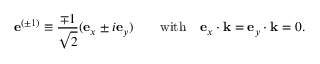
\mathbf { e } ^ { ( \pm 1 ) } \equiv { \frac { \mp 1 } { \sqrt { 2 } } } ( \mathbf { e } _ { x } \pm i \mathbf { e } _ { y } ) \qquad { \mathrm { w i t h } } \quad \mathbf { e } _ { x } \cdot \mathbf { k } = \mathbf { e } _ { y } \cdot \mathbf { k } = 0 .